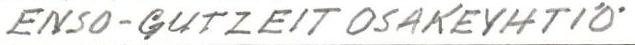
ENSO-GUTZEIT OSAKEYHTIÖ